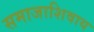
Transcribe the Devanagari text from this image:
समाजाशिवाय